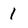
Character: 1